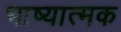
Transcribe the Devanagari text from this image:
भाष्यात्मक